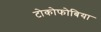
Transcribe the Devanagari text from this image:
टोकोफोबिया